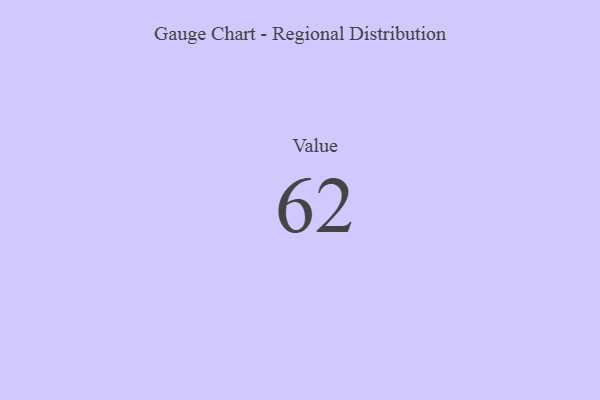
{"axis": {"x": "Metric", "y": "Value"}, "legend": [""], "data": [{"x": "Value", "y": 62, "type": ""}]}